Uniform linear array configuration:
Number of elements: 8
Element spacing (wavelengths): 1
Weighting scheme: cosine
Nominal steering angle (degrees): -15
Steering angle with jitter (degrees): -15.119
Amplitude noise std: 0.05
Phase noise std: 0.05

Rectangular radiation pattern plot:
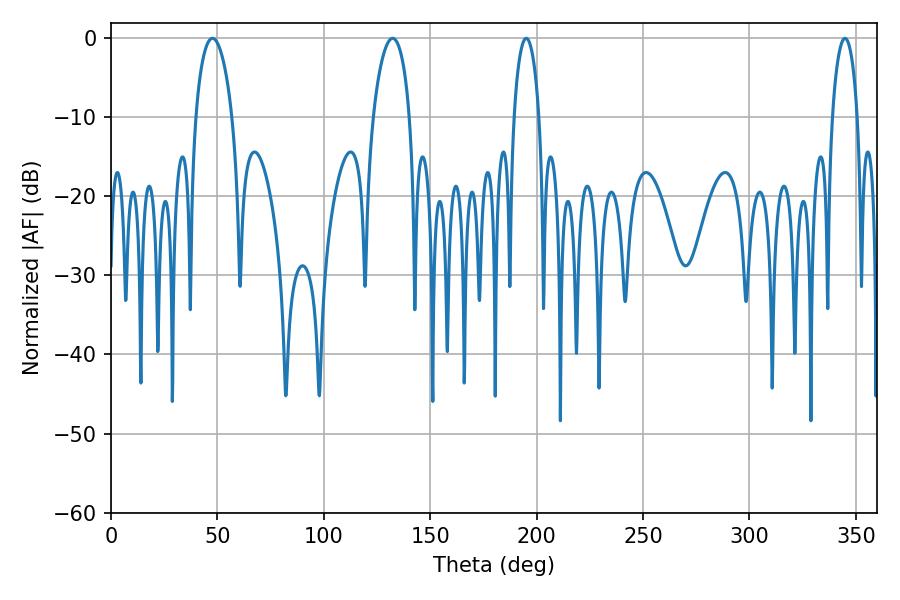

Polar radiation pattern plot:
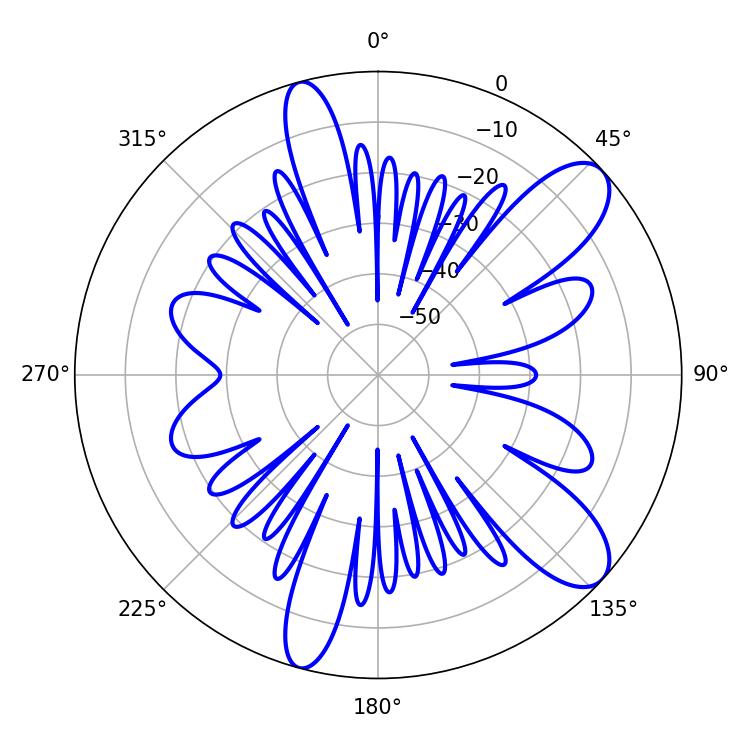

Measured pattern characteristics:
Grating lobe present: TRUE
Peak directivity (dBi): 9.996
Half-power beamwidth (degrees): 6.84
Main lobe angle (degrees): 195.12